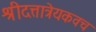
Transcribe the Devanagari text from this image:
श्रीदत्तात्रेयकवच